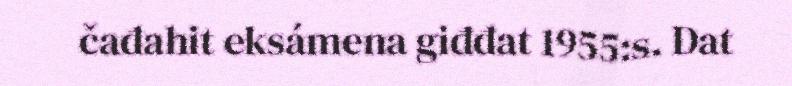
čađahit eksámena giđđat 1955:s. Dat